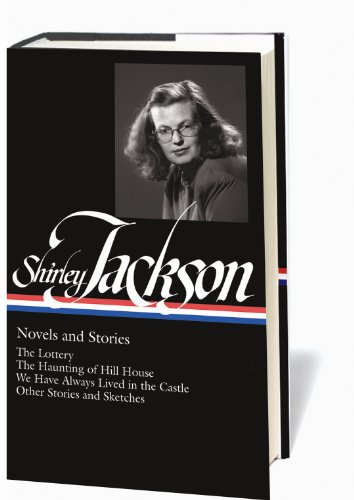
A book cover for Shirley Jackson: Novels and Stories (The Lottery / The Haunting of Hill House / We Have Always Lived in the Castle); Shirley Jackson; Literature & Fiction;